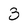
Character: 3